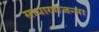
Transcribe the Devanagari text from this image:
साधारणजन्मा